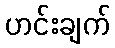
ဟင်းချက်